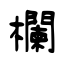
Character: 欄